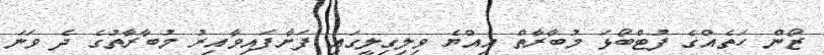
ޒޯން ހަތެއްގެ ފުޓްބޯޅަ މުބާރާތް އިއްޔެ ވިލިގިލީގައި ފަށާފައިވާއިރު މުބާރާތުގެ ދެ ވަނަ